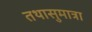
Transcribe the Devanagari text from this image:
तथासुमात्रा